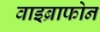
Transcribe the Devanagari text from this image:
वाइब्राफोन